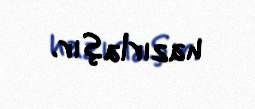
hazırlaşır.